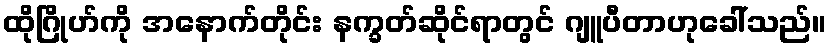
ထိုဂြိုဟ်ကို အနောက်တိုင်း နက္ခတ်ဆိုင်ရာတွင် ဂျူပီတာဟုခေါ်သည်။